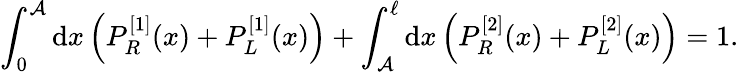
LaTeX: \int_{0}^{\mathcal{A}}\mathrm{{d}}x\left(P_{R}^{[1]}(x)+P_{L}^{[1]}(x)\right)+\int_{\mathcal{A}}^{\ell}\mathrm{{d}}x\left(P_{R}^{[2]}(x)+P_{L}^{[2]}(x)\right)=1.